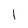
Character: 1